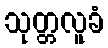
သုတ္တလူခံ